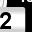
Digit: 2